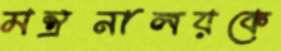
মন্ত্রনালয়কে